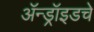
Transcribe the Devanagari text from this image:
ॲन्ड्रॉइडचे